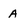
Character: a